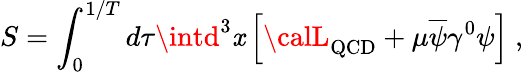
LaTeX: S=\int_{0}^{1/T}d\tau\intd^{3}\mathit{x}\left[{\calL}_{\mathrm{{QCD}}}+\mu\overline{{{{\psi}}}}\gamma^{0}\psi\right]\ ,